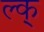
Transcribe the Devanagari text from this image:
ल्क्